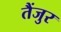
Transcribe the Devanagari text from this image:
तैंजुर